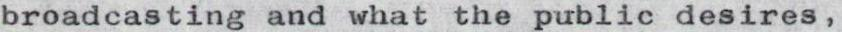
broadcasting and what the public desires,